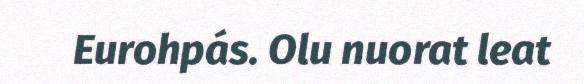
Eurohpás. Olu nuorat leat